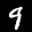
Label: 9